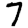
Digit: 7